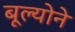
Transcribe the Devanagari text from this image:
बूल्योने